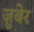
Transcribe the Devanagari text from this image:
ज़ुबेर